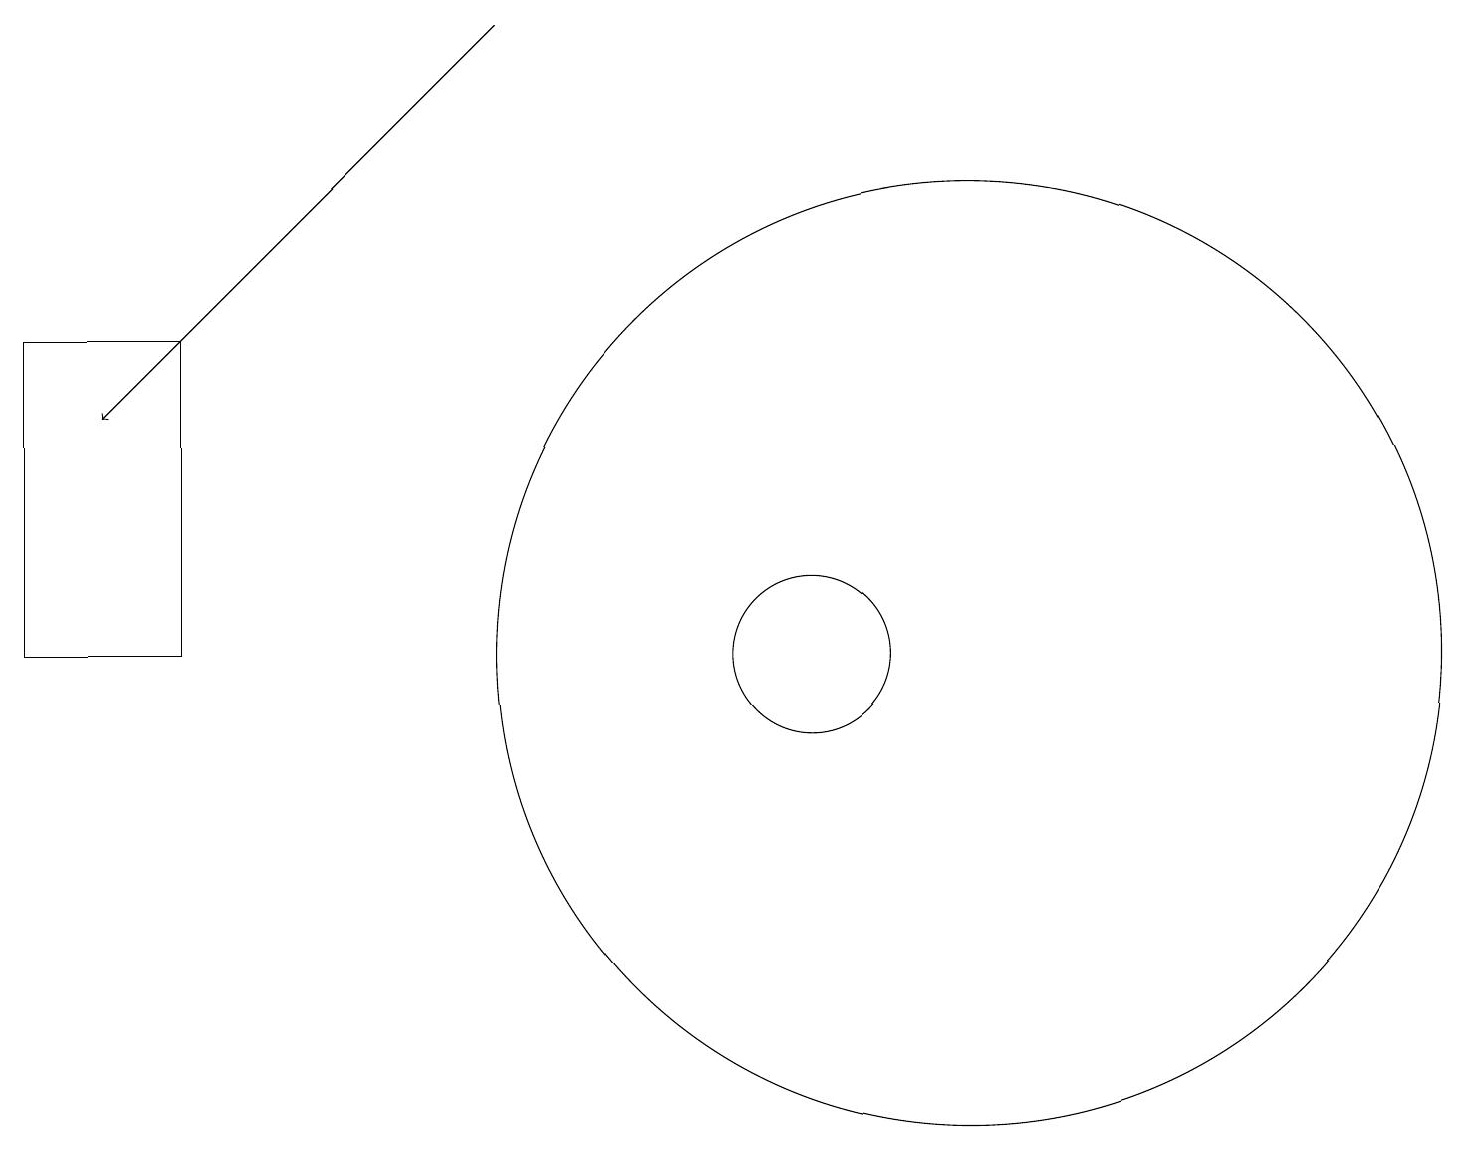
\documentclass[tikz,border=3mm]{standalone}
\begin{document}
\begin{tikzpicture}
\draw (2,15) rectangle (0,11);
\draw (12,11) circle (6);
\draw[->] (6,19) -- (1,14);
\draw (10,11) circle (1);
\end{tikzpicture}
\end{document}